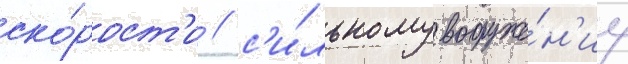
ско́рост'и / с'и́льному вооруже́н'иу